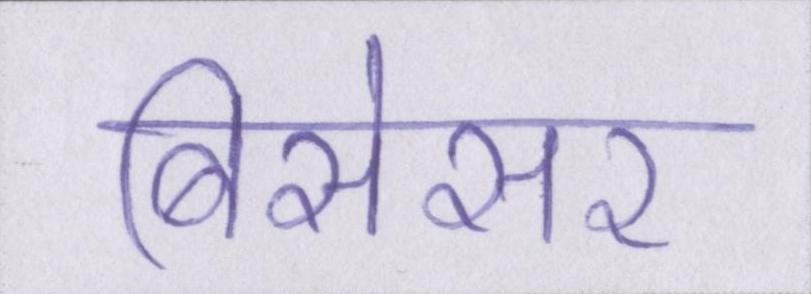
बिसेसर